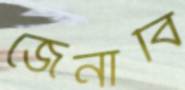
জেনাবি